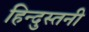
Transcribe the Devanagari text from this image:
हिन्दुस्तनी